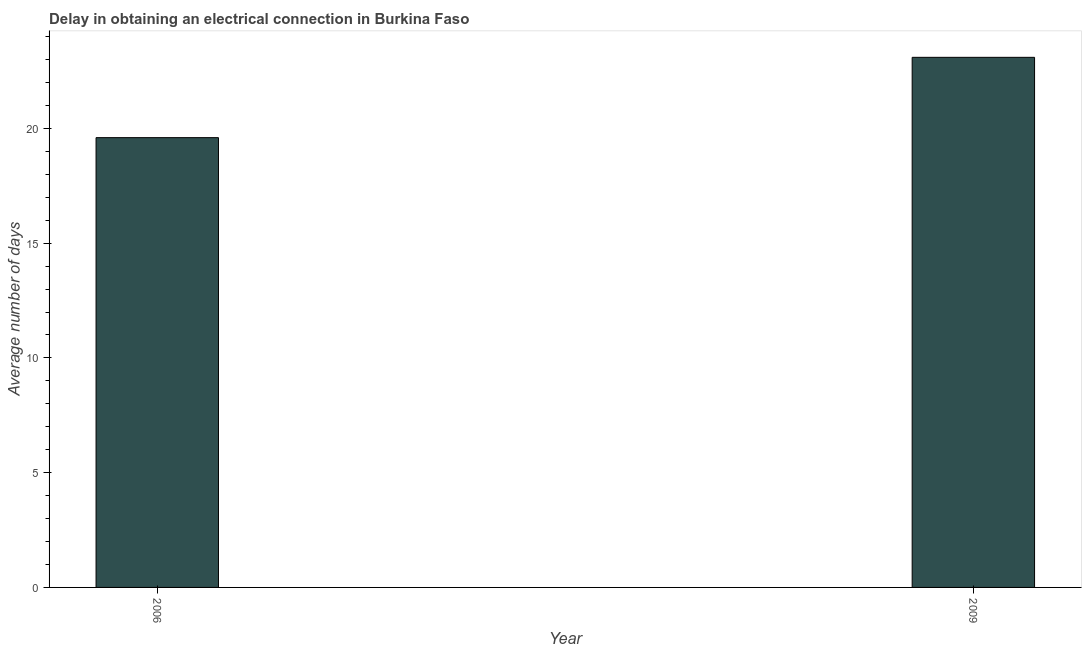
| Year | Dalay in Electrical connection |
 | --- | --- |
 | 2006 | 19.6 |
 | 2009 | 23.1 |